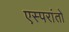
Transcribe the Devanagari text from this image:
एस्परांतो